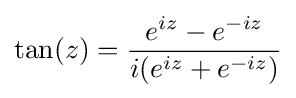
\tan(z)={\frac {e^{iz}-e^{-iz}}{i(e^{iz}+e^{-iz})}}